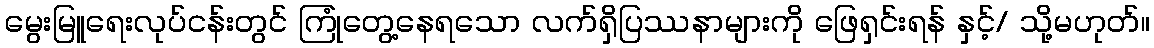
မွေးမြူရေးလုပ်ငန်းတွင် ကြုံတွေ့နေရသော လက်ရှိပြဿနာများကို ဖြေရှင်းရန် နှင့်/ သို့မဟုတ်။